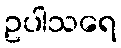
ဥပါသရေ